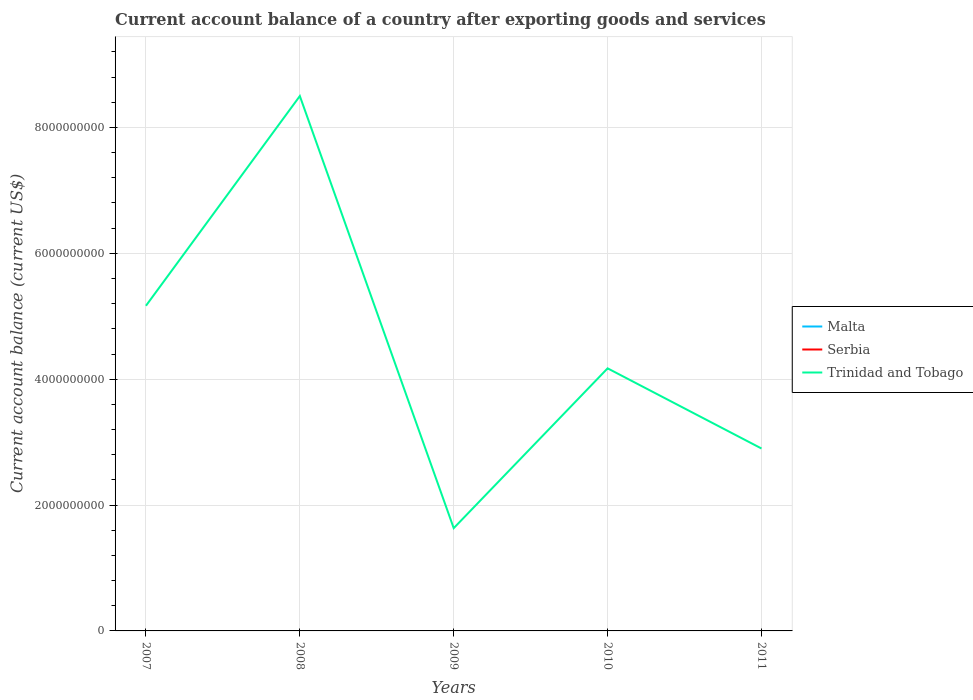
| Years | Malta | Serbia | Trinidad and Tobago |
 | --- | --- | --- | --- |
 | 2007 | -3.16e+08 | -6.89e+09 | 5.17e+09 |
 | 2008 | -7.77e+07 | -1.04e+10 | 8.5e+09 |
 | 2009 | -5.57e+08 | -2.87e+09 | 1.63e+09 |
 | 2010 | -4.2e+08 | -2.55e+09 | 4.17e+09 |
 | 2011 | -2.31e+08 | -3.83e+09 | 2.9e+09 |